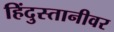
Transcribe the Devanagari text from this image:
हिंदुस्तानीवर